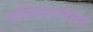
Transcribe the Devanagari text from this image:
पानिपतनंतर